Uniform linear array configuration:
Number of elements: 4
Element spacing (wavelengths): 0.75
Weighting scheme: cosine
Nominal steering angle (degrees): -45
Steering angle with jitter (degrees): -43.554
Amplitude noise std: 0.05
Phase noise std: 0.05

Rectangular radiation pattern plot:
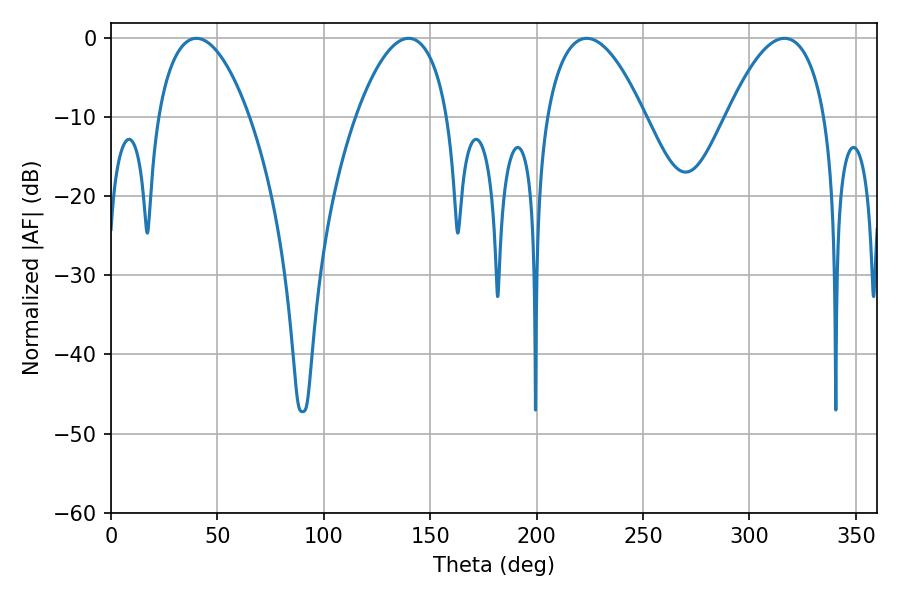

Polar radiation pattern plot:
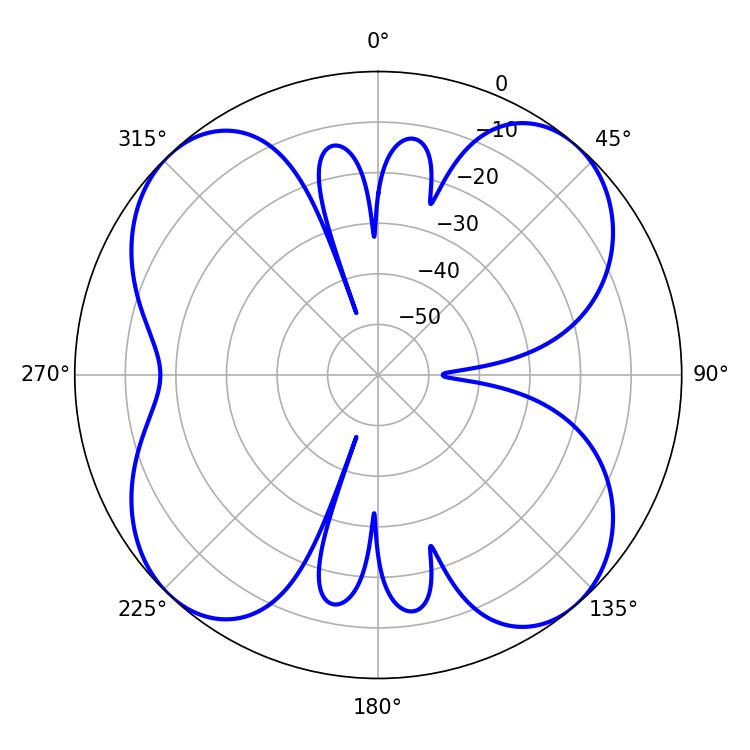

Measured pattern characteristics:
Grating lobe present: TRUE
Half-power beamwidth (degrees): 24.12
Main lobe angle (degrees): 40.14